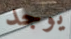
يوجد